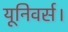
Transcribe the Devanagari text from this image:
यूनिवर्स।